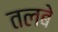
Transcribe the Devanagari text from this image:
तलबे